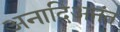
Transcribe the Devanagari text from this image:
अनादिअनंत